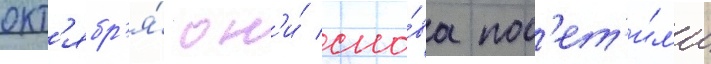
окт'ябр'я́ он'и́ сно́ва пос'ет'и́л'и